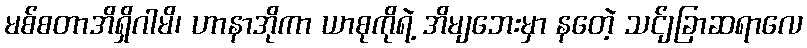
မစ်စတာအိရှိဂါမိ၊ ဟာနာအိုကာ ယာစုကိုရဲ့ အိမျဘေးမှာ နတေဲ့ သင်ျခြာဆရာလေ